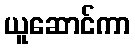
ယူဆောင်ကာ